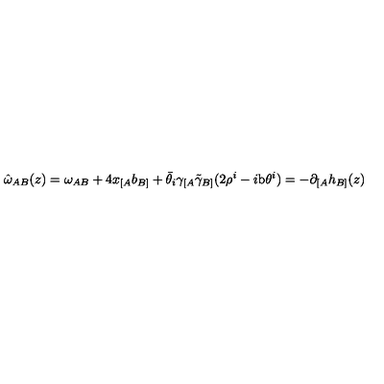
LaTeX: \hat { \omega } _ { A B } ( z ) = \omega _ { A B } + 4 x _ { [ A } b _ { B ] } + \bar { \theta } _ { i } \gamma _ { [ A } \tilde { \gamma } _ { B ] } ( 2 \rho ^ { i } - i \mathrm { b } \theta ^ { i } ) = - \partial _ { [ A } h _ { B ] } ( z )